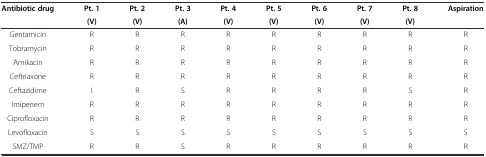
<table><thead><tr><td><b>Antibiotic drug</b></td><td><b>Pt. 1</b></td><td><b>Pt. 2</b></td><td><b>Pt. 3</b></td><td><b>Pt. 4</b></td><td><b>Pt. 5</b></td><td><b>Pt. 6</b></td><td><b>Pt. 7</b></td><td><b>Pt. 8</b></td><td rowspan="2"><b>Aspiration</b></td></tr><tr><td></td><td><b>(V)</b></td><td><b>(V)</b></td><td><b>(A)</b></td><td><b>(V)</b></td><td><b>(V)</b></td><td><b>(V)</b></td><td><b>(V)</b></td><td><b>(V)</b></td></tr></thead><tbody><tr><td>Gentamicin</td><td>R</td><td>R</td><td>R</td><td>R</td><td>R</td><td>R</td><td>R</td><td>R</td><td>R</td></tr><tr><td>Tobramycin</td><td>R</td><td>R</td><td>R</td><td>R</td><td>R</td><td>R</td><td>R</td><td>R</td><td>R</td></tr><tr><td>Amikacin</td><td>R</td><td>R</td><td>R</td><td>R</td><td>R</td><td>R</td><td>R</td><td>R</td><td>R</td></tr><tr><td>Ceftriaxone</td><td>R</td><td>R</td><td>R</td><td>R</td><td>R</td><td>R</td><td>R</td><td>R</td><td>R</td></tr><tr><td>Ceftazidime</td><td>I</td><td>R</td><td>S</td><td>R</td><td>R</td><td>R</td><td>R</td><td>S</td><td>R</td></tr><tr><td>Imipenem</td><td>R</td><td>R</td><td>R</td><td>R</td><td>R</td><td>R</td><td>R</td><td>R</td><td>R</td></tr><tr><td>Ciprofloxacin</td><td>R</td><td>R</td><td>R</td><td>R</td><td>R</td><td>R</td><td>R</td><td>R</td><td>R</td></tr><tr><td>Levofloxacin</td><td>S</td><td>S</td><td>S</td><td>S</td><td>S</td><td>S</td><td>S</td><td>S</td><td>S</td></tr><tr><td>SMZ/TMP</td><td>R</td><td>R</td><td>S</td><td>R</td><td>R</td><td>R</td><td>R</td><td>R</td><td>R</td></tr></tbody></table>